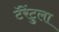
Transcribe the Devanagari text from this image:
टॅरेंटुला